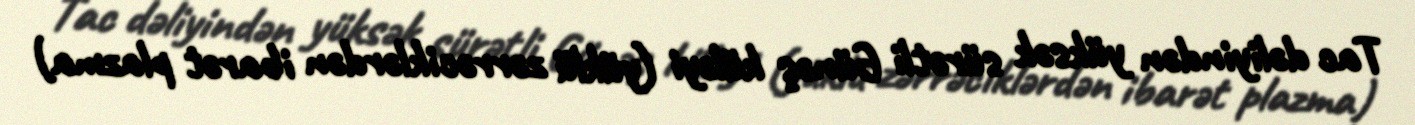
Tac dəliyindən yüksək sürətli Günəş küləyi (yüklü zərrəciklərdən ibarət plazma)